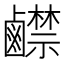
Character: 𪊅